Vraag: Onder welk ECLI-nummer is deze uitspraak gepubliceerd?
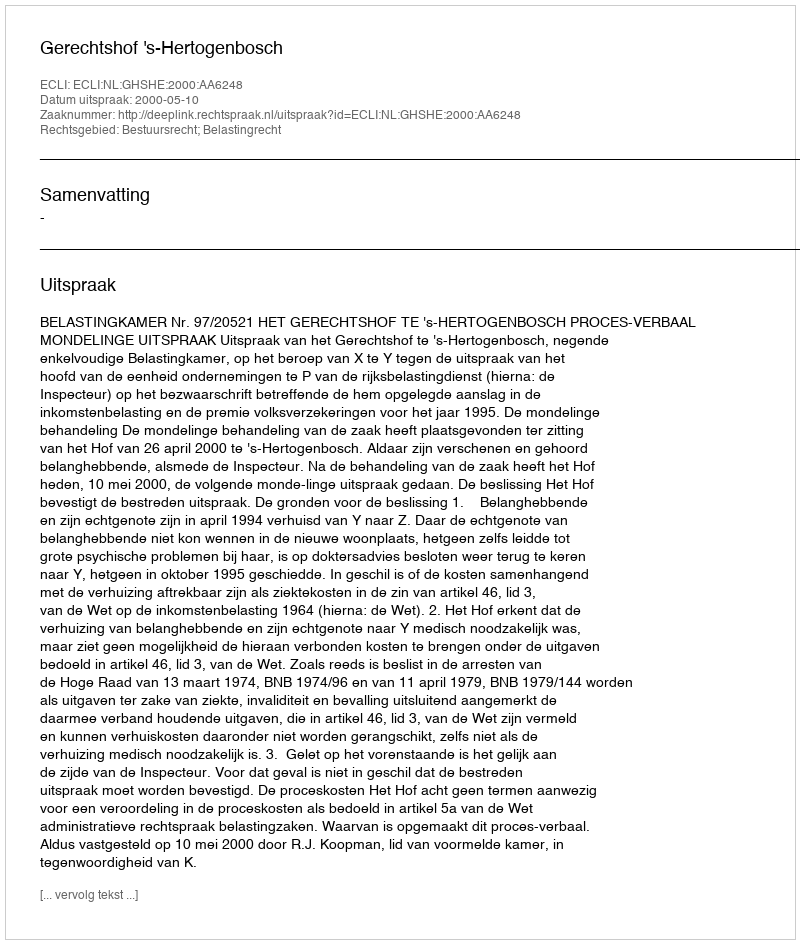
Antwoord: ECLI:NL:GHSHE:2000:AA6248